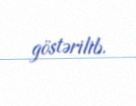
göstərilib.